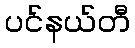
ပင်နယ်တီ